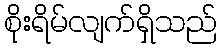
စိုးရိမ်လျက်ရှိသည်